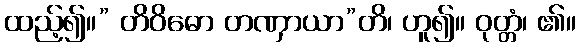
ထည့်၍။” တိဝိဓော တဏှာယာ”တိ၊ ဟူ၍။ ဝုတ္တံ၊ ၏။